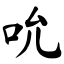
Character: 吮